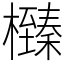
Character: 㰉